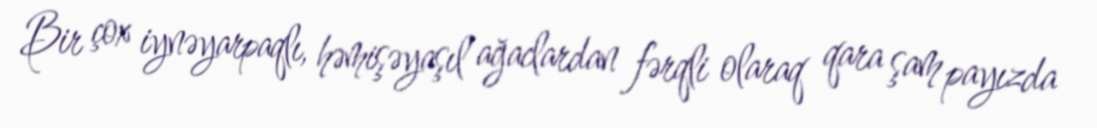
Bir çox iynəyarpaqlı, həmişəyaşıl ağaclardan fərqli olaraq qara şam payızda